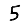
Digit: 5